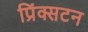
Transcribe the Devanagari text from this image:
प्रिंक्सटन